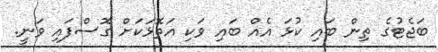
ބަޖެޓުގެ ތިން ބައި ކުޅަ އެއް ބައި ވަކި އަތޮޅަކަށް ގޮސްފައި ވަނީ.